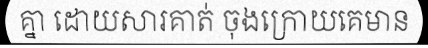
គ្នា ដោយសារគាត់ ចុងក្រោយគេមាន